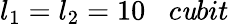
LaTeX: l_{1}=l_{2}=10\; \; \; c\mathit{u}bit